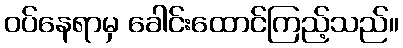
ဝပ်နေရာမှ ခေါင်းထောင်ကြည့်သည်။